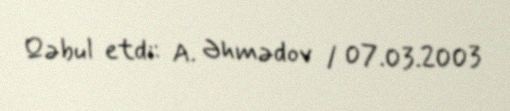
Qəbul etdi: A. Əhmədov / 07.03.2003